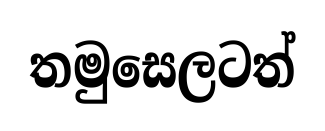
තමුසෙලටත්